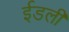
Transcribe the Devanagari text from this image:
ईडली